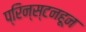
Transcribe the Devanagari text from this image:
प्रिन्स्टनहून